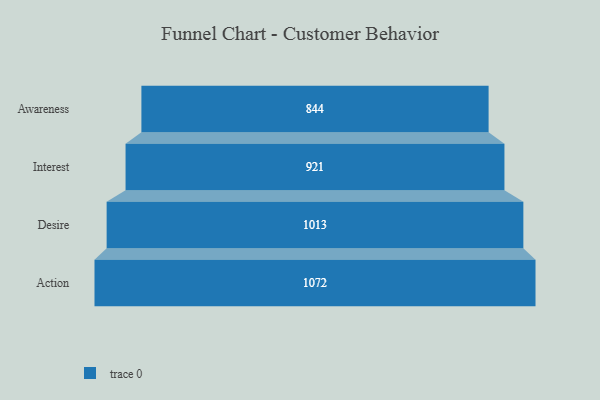
{"axis": {"x": "Stage", "y": "Value"}, "legend": [""], "data": [{"x": "Awareness", "y": 844.0, "type": ""}, {"x": "Interest", "y": 921.0, "type": ""}, {"x": "Desire", "y": 1013.0, "type": ""}, {"x": "Action", "y": 1072.0, "type": ""}]}